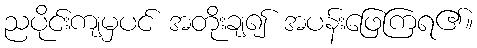
ညပိုင်းကျမှပင် အတိုးချ၍ အပန်းဖြေကြရ၏။